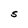
Character: S